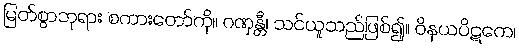
မြတ်စွာဘုရား စကားတော်ကို။ ဂဏှန္တီ၊ သင်ယူသည်ဖြစ်၍။ ဝိနယပိဋကေ၊